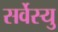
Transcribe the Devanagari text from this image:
सर्वेस्यु